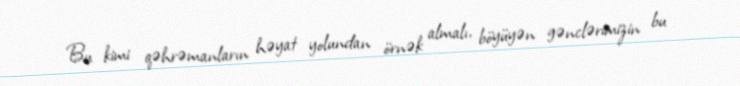
Bu kimi qəhrəmanların həyat yolundan örnək almalı, böyüyən gənclərimizin bu